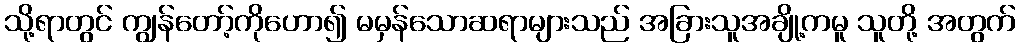
သို့ရာတွင် ကျွန်တော့်ကိုဟော၍ မမှန်သောဆရာများသည် အခြားသူအချို့ကမူ သူတို့ အတွက်